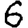
Digit: 6